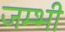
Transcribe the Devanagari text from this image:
जम्भी